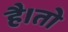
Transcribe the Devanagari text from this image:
है।तो